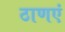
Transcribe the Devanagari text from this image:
ठाणएं